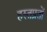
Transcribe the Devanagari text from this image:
हस्तप्रतों